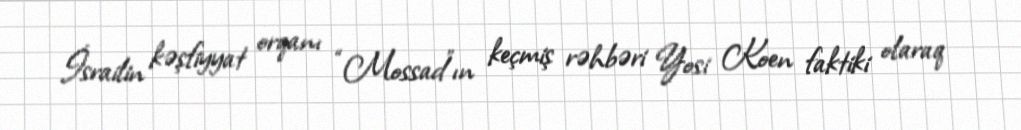
İsrailin kəşfiyyat orqanı “Mossad”ın keçmiş rəhbəri Yosi Koen faktiki olaraq